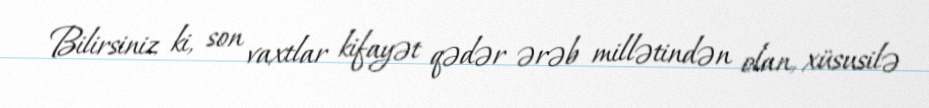
Bilirsiniz ki, son vaxtlar kifayət qədər ərəb millətindən olan, xüsusilə